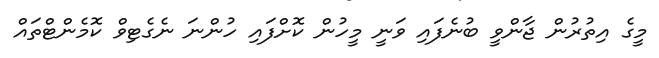
މީގެ އިތުރުން ޖާންވީ ބުނެފައި ވަނީ މީހުން ކޮށްފައި ހުންނަ ނެގެޓިވް ކޮމެންޓްތައް